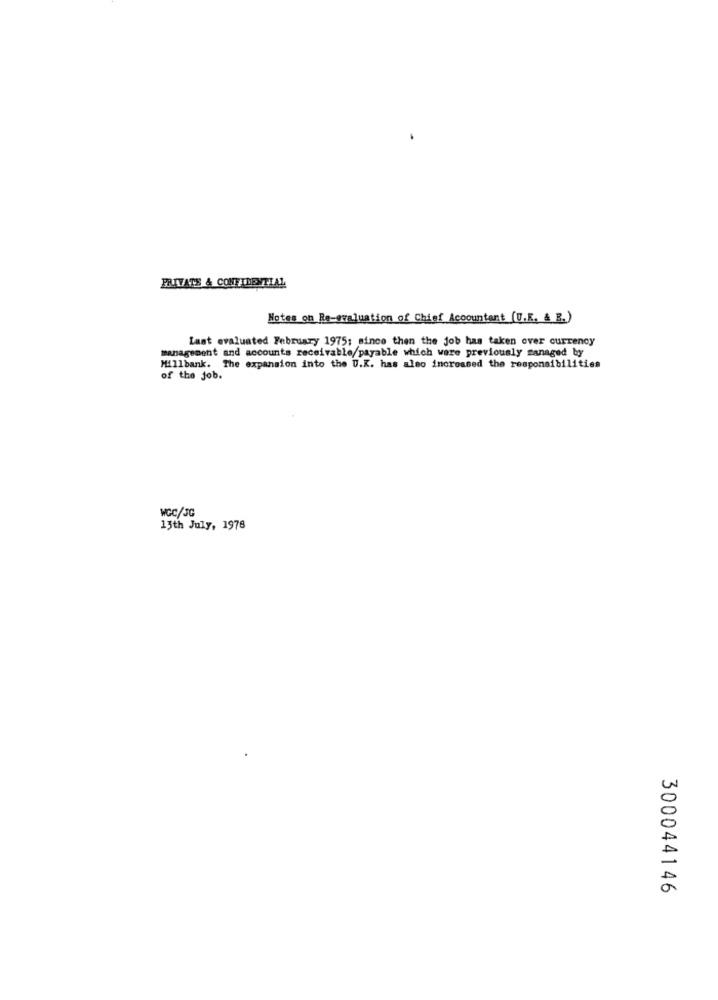
PRIVATE & CONFIDENTIAL
Notes on Re-evaluation of Chief Accountant (U.R. & B.)
Last evaluated February 1975; since then the job has taken over currency
management and accounts receivable/payable which were previously managed by
Millbank. The expansion into the U.K. has also increased the responsibilities
of the job.
WGC/JG
13th July, 1978
300044146